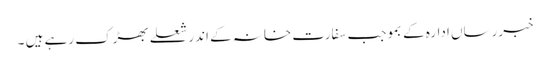
خبررساں ادارہ کے بموجب سفارت خانہ کے اندر شعلے بھڑک رہے ہیں ۔